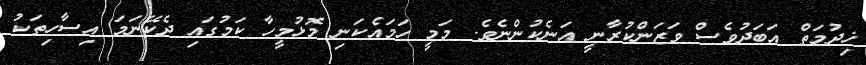
ޚިދުމަތް އަބަދުވެސް ވަޒަންކުރާނީ އަނެކުންނެވެ. މަމީ ހަމައެކަނި މޮޅުމީހާ ކަމުގައި ދެކޭނަމަ އިސާހިތަކު